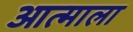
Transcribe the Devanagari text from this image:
आत्माला